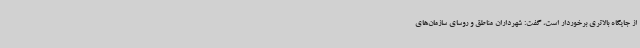
از جایگاه بالاتری برخوردار است، گفت: شهرداران مناطق و روسای سازمان‌های